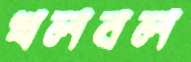
খলবল